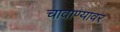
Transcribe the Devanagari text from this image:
चावाण्यावर